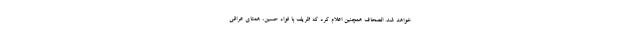
خواهد شد. الصحاف همچنین اعلام کرد که ظریف با فواد حسین، همتای عراقی